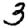
Digit: 3